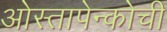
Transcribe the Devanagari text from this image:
ओस्तापेन्कोची